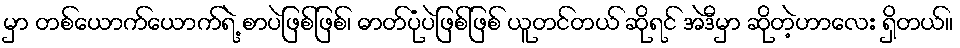
မှာ တစ်ယောက်ယောက်ရဲ့ စာပဲဖြစ်ဖြစ်၊ ဓာတ်ပုံပဲဖြစ်ဖြစ် ယူတင်တယ် ဆိုရင် အဲဒီမှာ ဆိုတဲ့ဟာလေး ရှိတယ်။